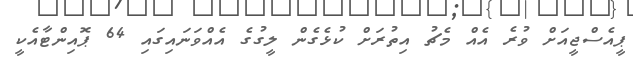
ޕީއެސްޖީއަށް ވުރެ އެއް މެޗު އިތުރަށް ކުޅެގެން ލީގުގެ އެއްވަނައިގައި 64 ޕޮއިންޓާއެކީ